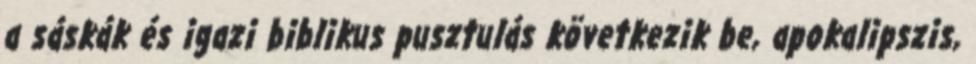
a sáskák és igazi biblikus pusztulás következik be, apokalipszis,